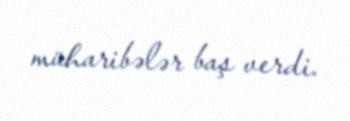
müharibələr baş verdi.